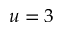
u = 3